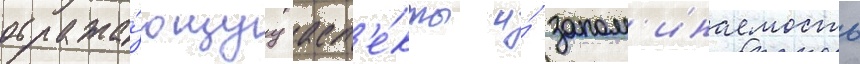
отража́ющуу асп'е́кты и́ запом'инаемость